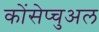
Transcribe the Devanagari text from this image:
कोंसेप्चुअल